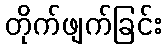
တိုက်ဖျက်ခြင်း